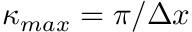
\kappa _ { m a x } = \pi / \Delta x